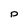
Character: p